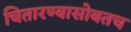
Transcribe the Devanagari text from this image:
चितारण्यासोबतच